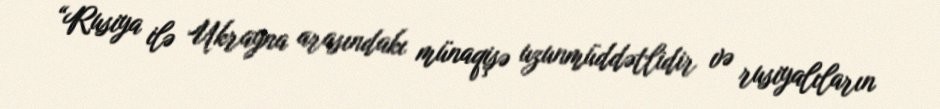
“Rusiya ilə Ukrayna arasındakı münaqişə uzunmüddətlidir və rusiyalıların